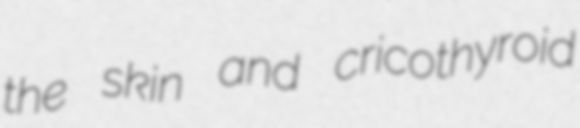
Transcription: the skin and cricothyroid